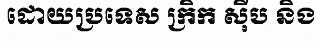
ដោយប្រទេស ក្រិក ស៊ីប និង